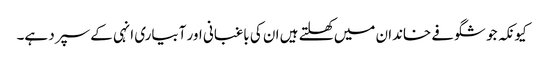
کیونکہ جو شگوفے خاندان میں کھلتے ہیں ان کی باغبانی اور آبیاری انہی کے سپرد ہے۔